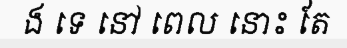
ង ទេ នៅ ពេល នោះ តែ